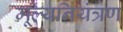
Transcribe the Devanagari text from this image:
मूल्यनियंत्रण